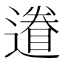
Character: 𨖩